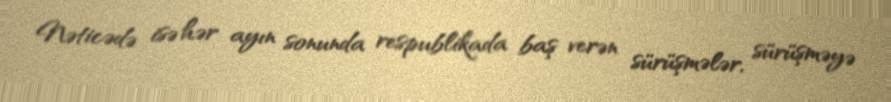
Nəticədə isə hər ayın sonunda respublikada baş verən sürüşmələr, sürüşməyə